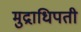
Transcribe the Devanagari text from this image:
मुद्राधिपती